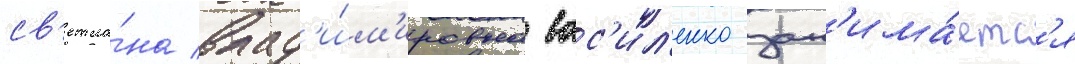
св'етла́на влад'и́м'ировна вас'ил'енко зан'има́етс'я